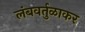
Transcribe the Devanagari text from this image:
लंबवर्तुळाकर